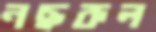
নছরুল